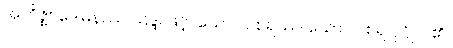
အဘိဇ္ဈာဒေါမနဿ သဒ္ဒါ ဖြင့်။ ယောဂါဝစရဿ၊ ယောဂါဝစရ ပုဂ္ဂိုလ်၏။